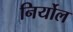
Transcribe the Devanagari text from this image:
निर्योल